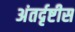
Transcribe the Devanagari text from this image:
अंतर्दृष्टीस